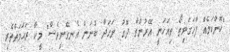
"ކޮންކަމެއް ފާހަގަވިތޯ ތިއަހަނީ އޭރުންތާ ދޮގު ނަހަދާ ބުނަން އެނގޭނީވެސް" މީކާ ރަޙަމަތްތެރި